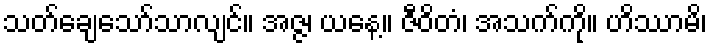
သတ်ချေသော်သာလျင်။ အဇ္ဇ၊ ယနေ့။ ဇီဝိတံ၊ အသက်ကို။ ဟိဿာမိ၊